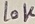
Text: 10K